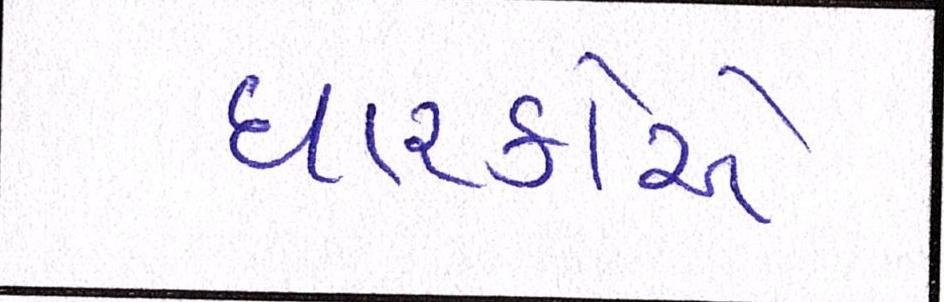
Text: ધારકોએ